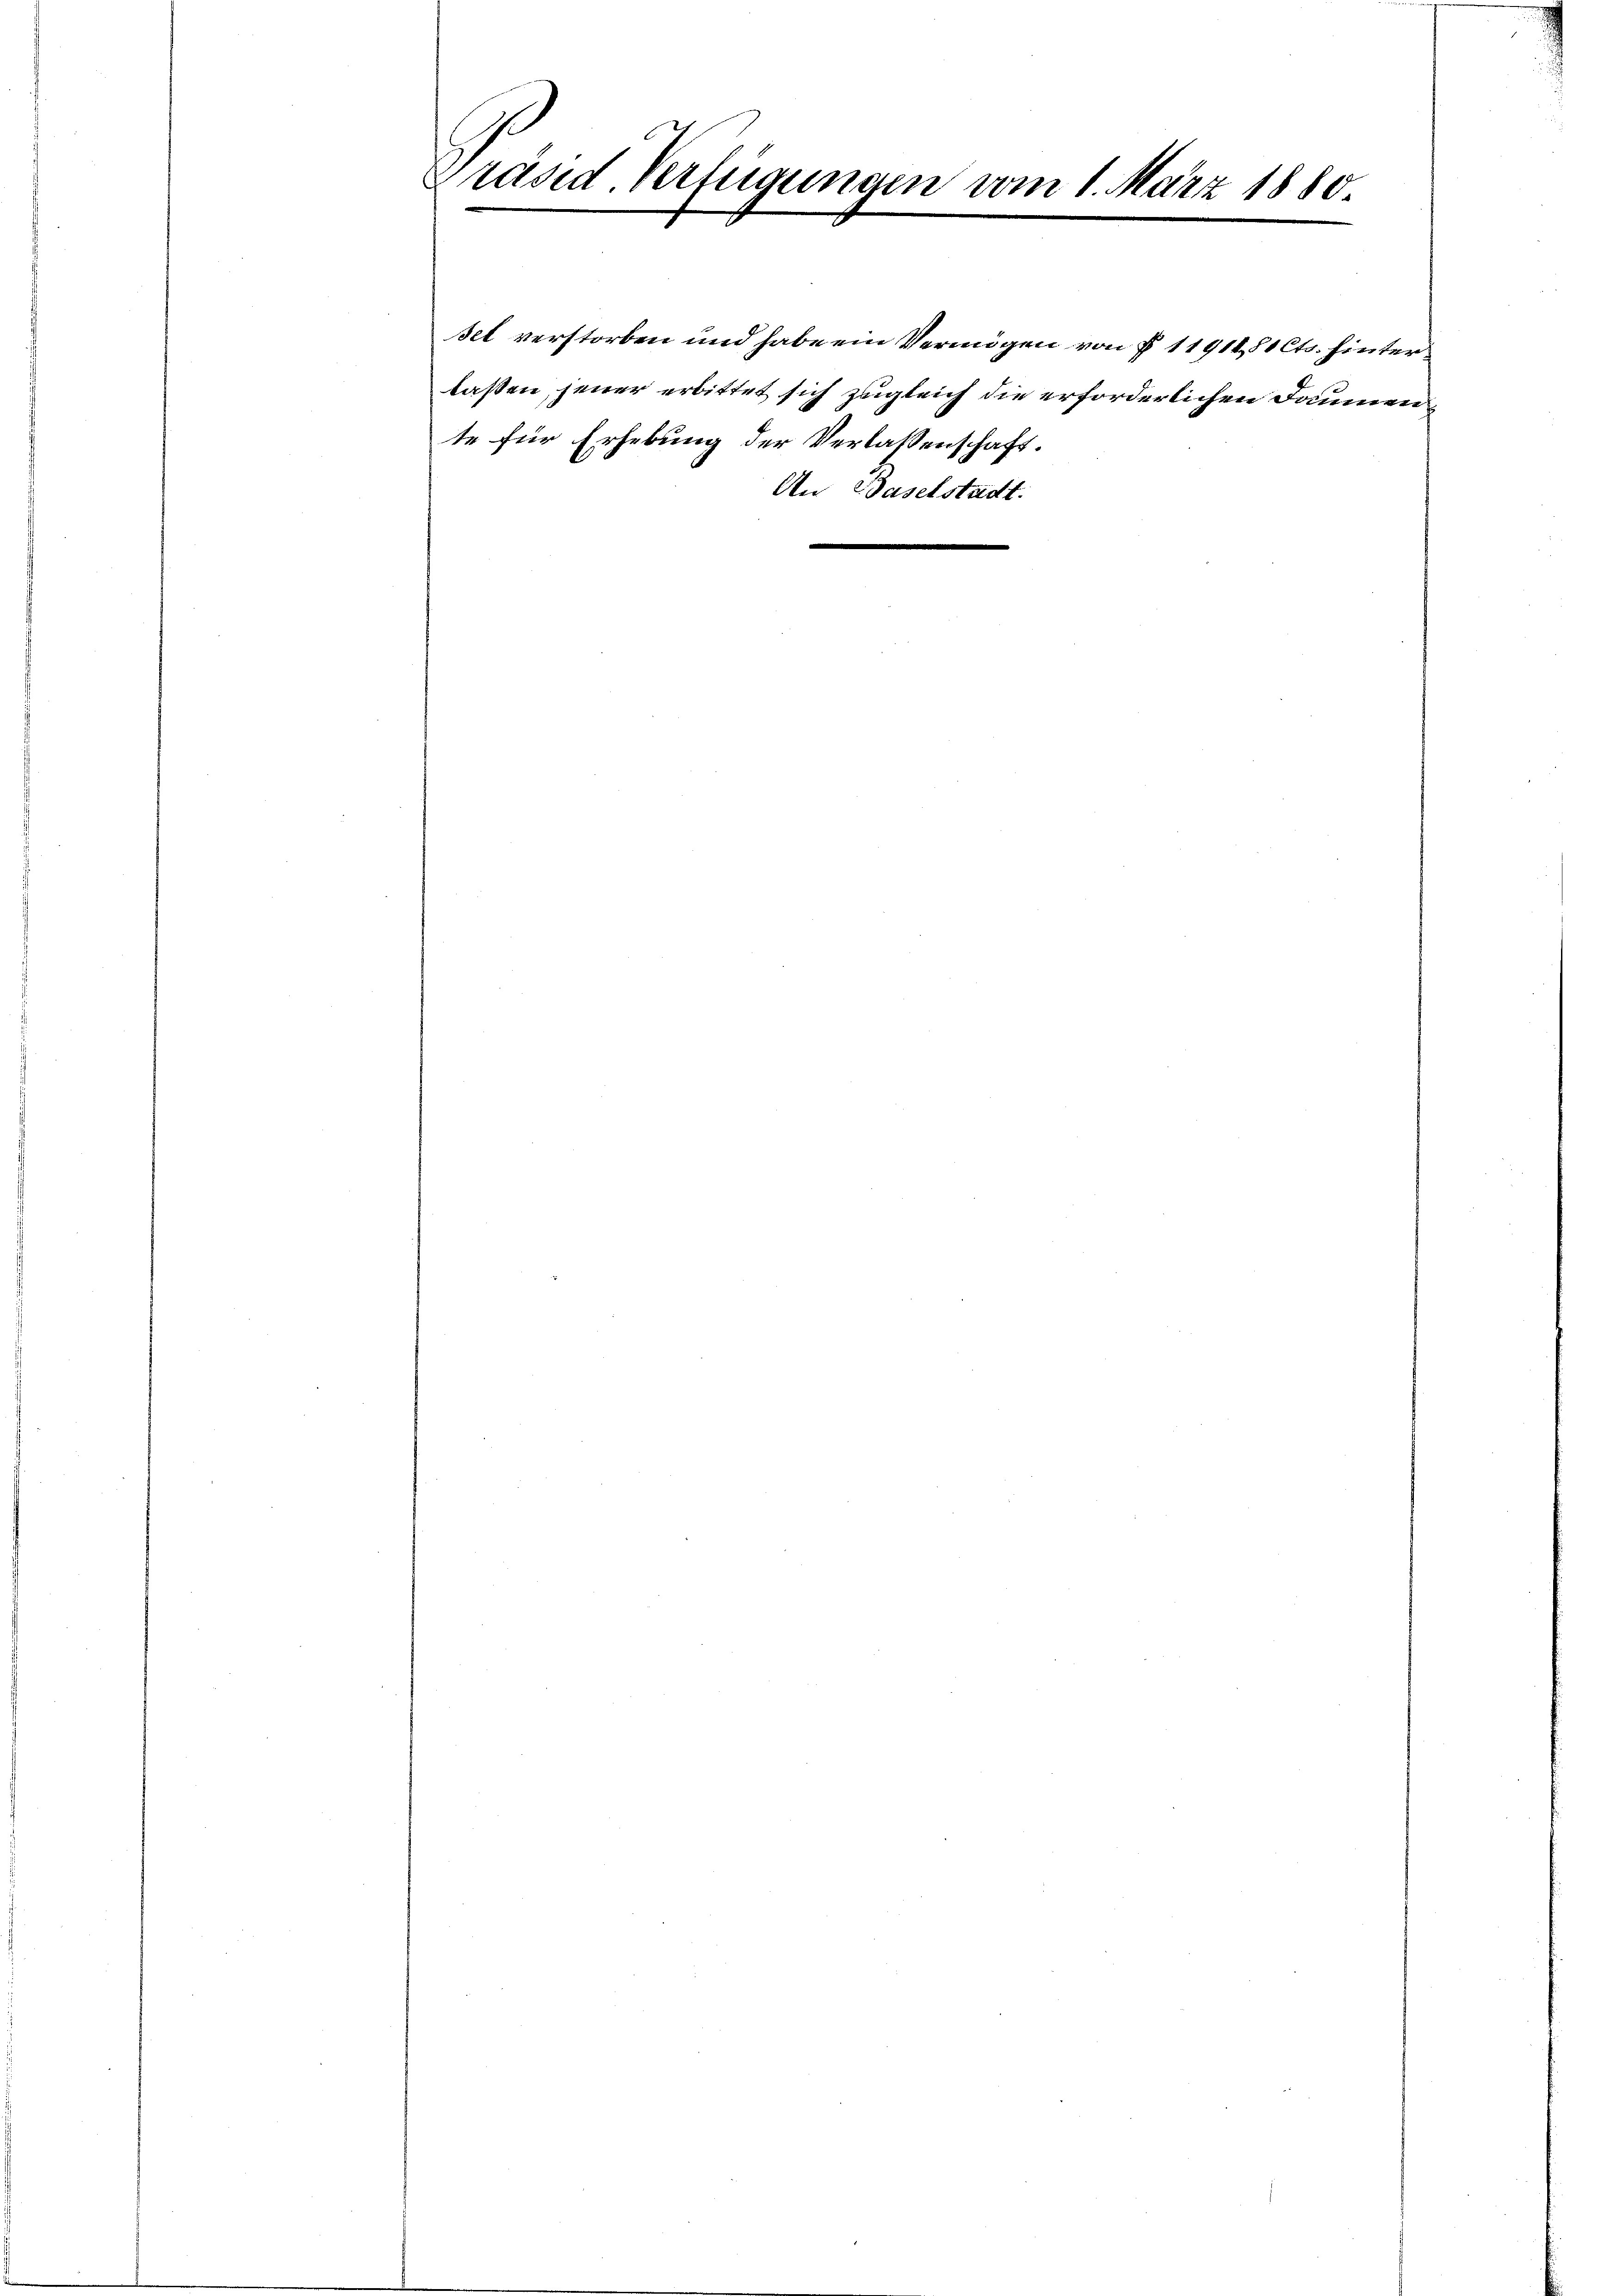
Präsid. Verfügungen vom 1. März 1880.

An Baselstadt.

sel verstorben und habe ein Vermögen von § 11914, 81 Cts. hinterlaßen, jener erbittet sich zugleich die erforderlichen Jammen
te für Erhebung der Verlassenschaft.